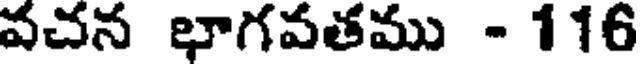
వచన భాగవతము - 116